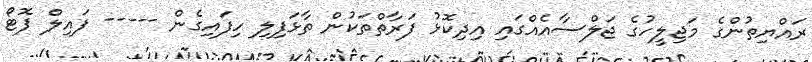
ރައްޔިތުންގެ މަޖިލީހުގެ ޖަލްސާއެއްގައި އިދިކޮޅު ފަރާތްތަކުން ތާޅަފިލި ހިފައިގެން ----- ފައިލް ފޮޓޯ